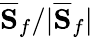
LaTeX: \overline{{\mathbf S}}_{f}/|\overline{{\mathbf S}}_{f}|